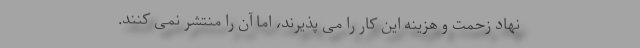
نهاد زحمت و هزینه این کار را می پذیرند، اما آن را منتشر نمی کنند.